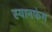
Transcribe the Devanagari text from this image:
स्यानफंग